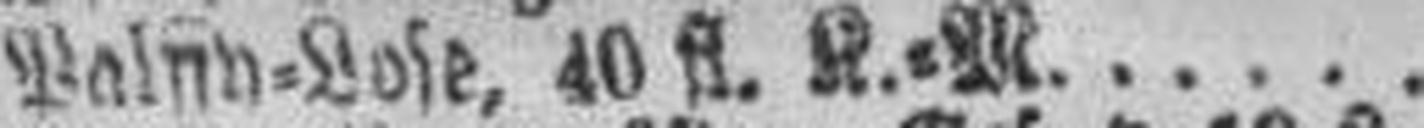
Palyn=Lose, 40 fl. K.=M.